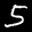
Label: 5